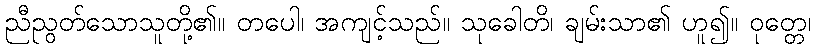
ညီညွတ်သောသူတို့၏။ တပေါ၊ အကျင့်သည်။ သုခေါတိ၊ ချမ်းသာ၏ ဟူ၍။ ဝုတ္တေ၊